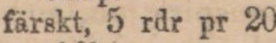
” färskt, 5 rdr pr 20